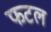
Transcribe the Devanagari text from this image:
फटल